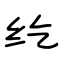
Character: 纥